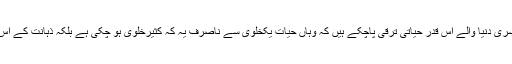
یہ پیغام برقناطیسی موجوں کی شکل میں بھی ہوسکتا ہے یا روشنی کی کسی صورت میں بھی؛ یعنی اگر دوسری دنیا والے اس قدر حیاتی ترقی پاچکے ہیں کہ وہاں حیات یکخلوی سے ناصرف یہ کہ کثیرخلوی ہو چکی ہے بلکہ ذہانت کے اس معیار تک پہنچ چکی ہے کہ ایسی طرزیات استعمال کرسکے جو انسان تک اس کا پیغام پہنچا سکتی ہو [4]۔